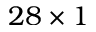
2 8 \times 1